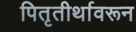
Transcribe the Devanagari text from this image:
पितृतीर्थावरून